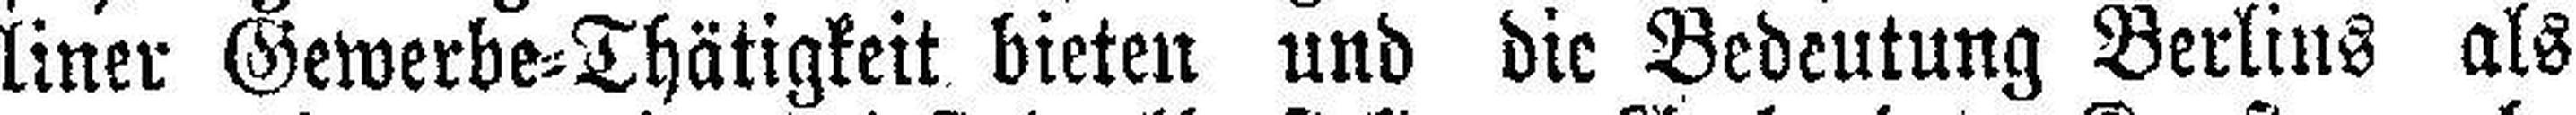
liner Gewerbe=Thätigkeit bieten und die Bedeutung Berlins als